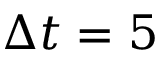
\Delta t = 5